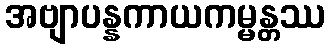
အဗျာပန္နကာယကမ္မန္တဿ